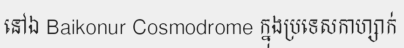
នៅឯ Baikonur Cosmodrome ក្នុងប្រទេសកាហ្សាក់